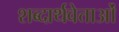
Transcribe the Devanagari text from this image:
शब्दार्थवेत्ताओं